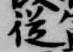
従